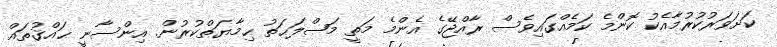
ކަށަވަރުކުރުމާއެކު ކޮންމެ ކަމެއްގައިވެސް ރާއްޖޭގެ އެންމެ މަތީ މަޞްލަޙަތު ޙިމާޔަތްކުރުން. އިންސާނީ ޙައްޤުތައް